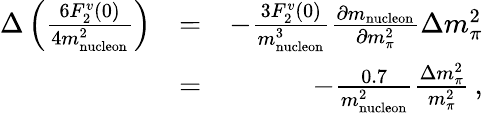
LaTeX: \begin{array}{rlr}{\Delta\left(\frac{6F_{2}^{v}(0)}{4m_{\mathrm{nucleon}}^{2}}\right)}&{=}&{-\frac{3F_{2}^{v}(0)}{m_{\mathrm{nucleon}}^{3}}\frac{\partial m_{\mathrm{nucleon}}}{\partial m_{\pi}^{2}}\Delta m_{\pi}^{2}}\\ &{=}&{-\frac{0.7}{m_{\mathrm{nucleon}}^{2}}\frac{\Delta m_{\pi}^{2}}{m_{\pi}^{2}}\, ,}\end{array}